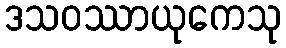
ဒသဝဿာယုကေသု